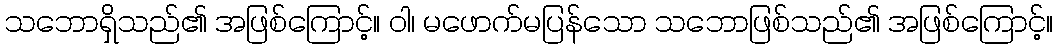
သဘောရှိသည်၏ အဖြစ်ကြောင့်။ ဝါ၊ မဖောက်မပြန်သော သဘောဖြစ်သည်၏ အဖြစ်ကြောင့်။